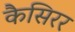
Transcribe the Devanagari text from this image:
कैसिरर